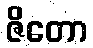
ဇိတော